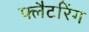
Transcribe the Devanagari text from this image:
फ्लैटरिंग